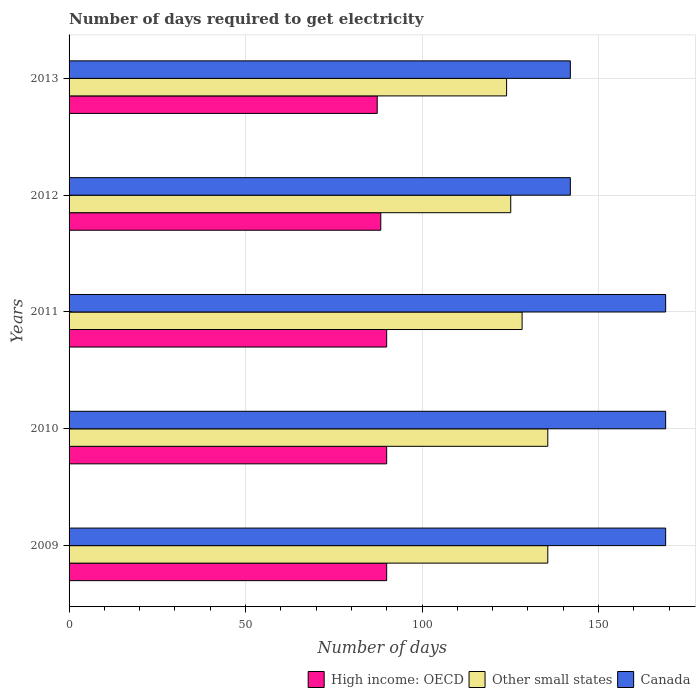
| Years | High income: OECD | Other small states | Canada |
 | --- | --- | --- | --- |
 | 2009 | 90 | 136 | 169 |
 | 2010 | 90 | 136 | 169 |
 | 2011 | 90 | 128 | 169 |
 | 2012 | 88.3 | 125 | 142 |
 | 2013 | 87.3 | 124 | 142 |